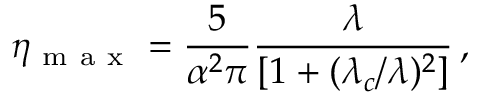
\eta _ { \mathrm { ~ m ~ a ~ x ~ } } = \frac { 5 } { \alpha ^ { 2 } \pi } \frac { \lambda } { [ 1 + ( \lambda _ { c } / \lambda ) ^ { 2 } ] } \, ,